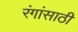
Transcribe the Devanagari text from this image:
रंगांसाठी